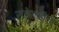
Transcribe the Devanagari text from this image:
राजेशाहीला